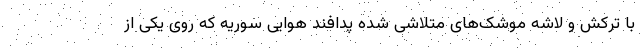
با ترکش و لاشه موشک‌های متلاشی شده پدافند هوایی سوریه که روی یکی از